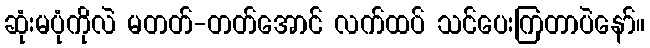
ဆုံးမပုံကိုလဲ မတတ်-တတ်အောင် လက်ထပ် သင်ပေးကြတာပဲနော်။